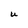
Character: U